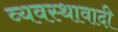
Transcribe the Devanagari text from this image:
व्यवस्थावादी